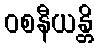
ဝစနီယန္တိ